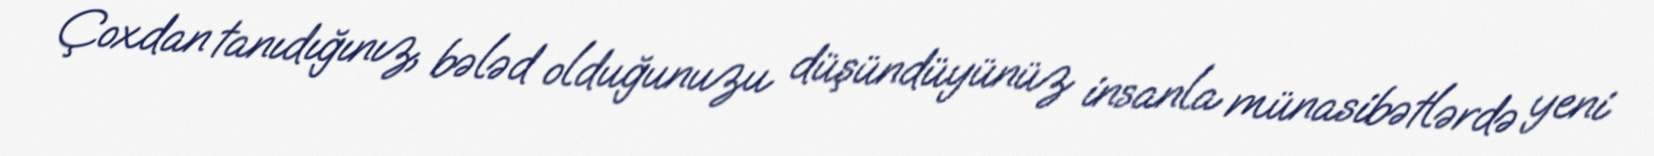
Çoxdan tanıdığınız, bələd olduğunuzu düşündüyünüz insanla münasibətlərdə yeni